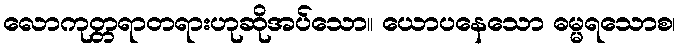
လောကုတ္တရာတရားဟုဆိုအပ်သော။ ယောပနေသော ဓမ္မရသောစ၊